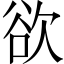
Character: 欲